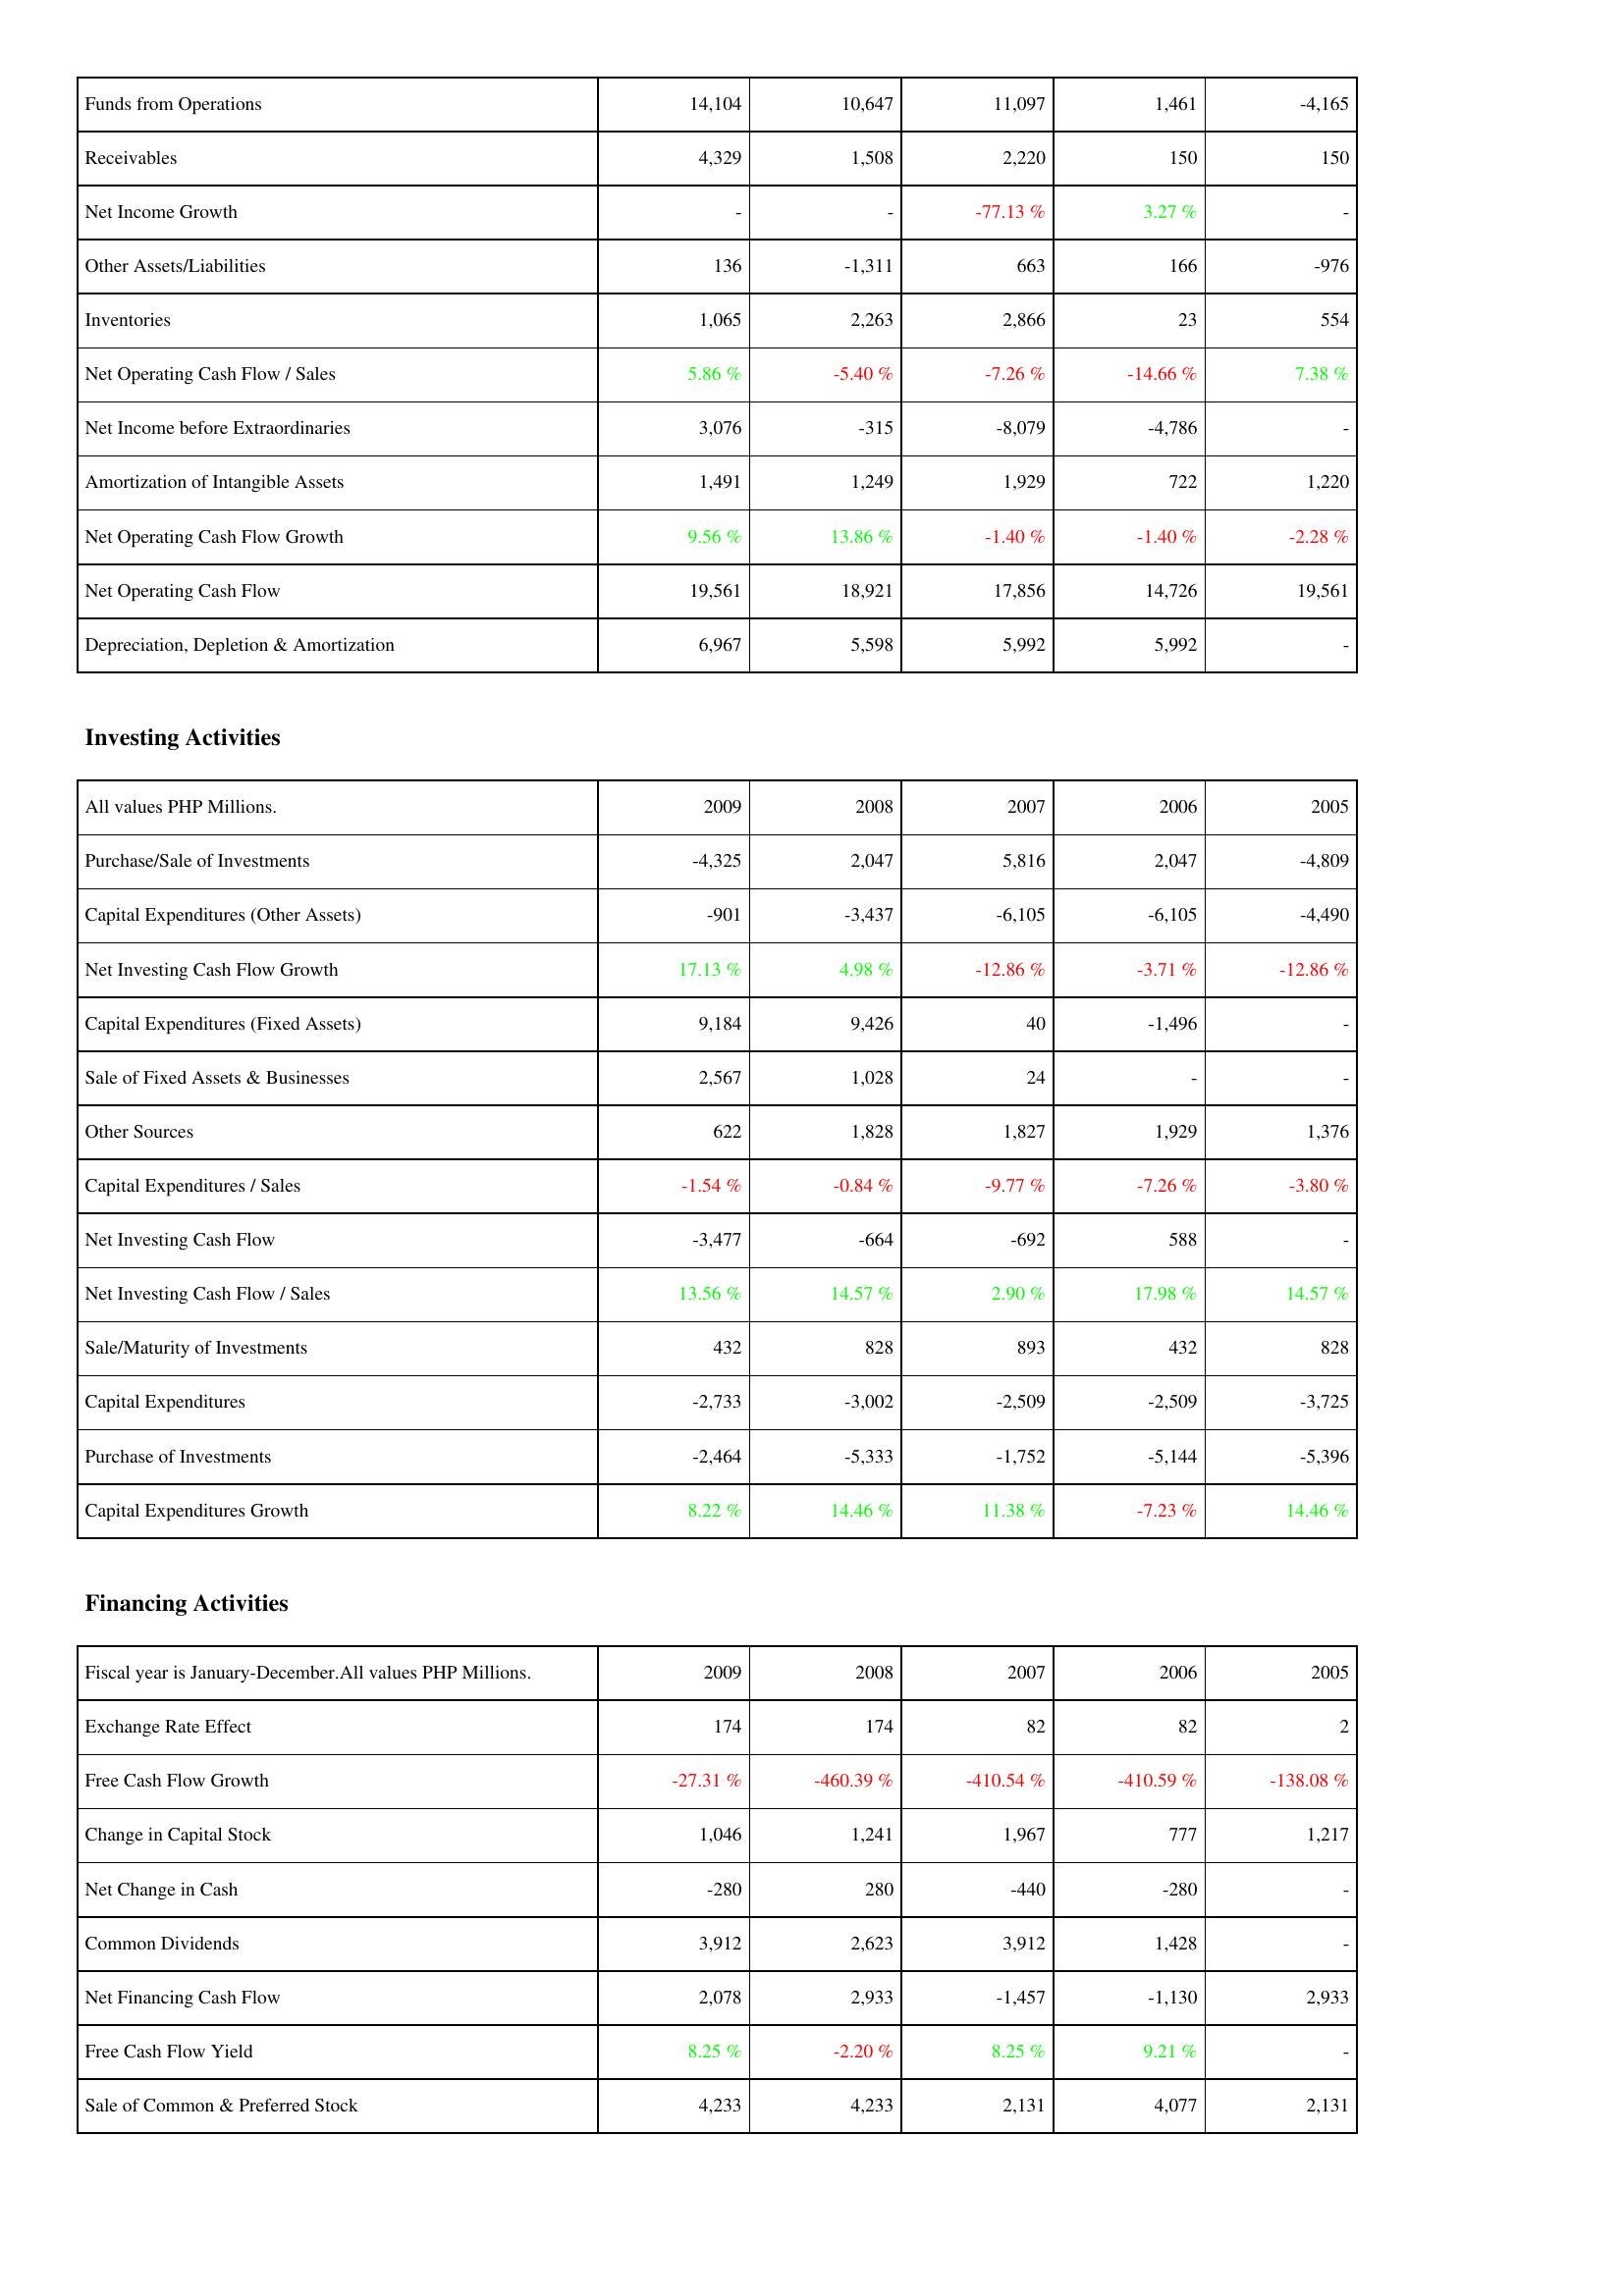
2009: Operating Activities: Funds from Operations: 14,104
Receivables: 4,329
Net Income Growth: -
Other Assets/Liabilities: 136
Inventories: 1,065
Net Operating Cash Flow / Sales: 5.86 %
Net Income before Extraordinaries: 3,076
Amortization of Intangible Assets: 1,491
Net Operating Cash Flow Growth: 9.56 %
Net Operating Cash Flow: 19,561
Depreciation, Depletion & Amortization: 6,967
Investing Activities: Purchase/Sale of Investments: -4,325
Capital Expenditures (Other Assets): -901
Net Investing Cash Flow Growth: 17.13 %
Capital Expenditures (Fixed Assets): 9,184
Sale of Fixed Assets & Businesses: 2,567
Other Sources: 622
Capital Expenditures / Sales: -1.54 %
Net Investing Cash Flow: -3,477
Net Investing Cash Flow / Sales: 13.56 %
Sale/Maturity of Investments: 432
Capital Expenditures: -2,733
Purchase of Investments: -2,464
Capital Expenditures Growth: 8.22 %
Financing Activities: Exchange Rate Effect: 174
Free Cash Flow Growth: -27.31 %
Change in Capital Stock: 1,046
Net Change in Cash: -280
Common Dividends: 3,912
Net Financing Cash Flow: 2,078
Free Cash Flow Yield: 8.25 %
Sale of Common & Preferred Stock: 4,233
2008: Operating Activities: Funds from Operations: 10,647
Receivables: 1,508
Net Income Growth: -
Other Assets/Liabilities: -1,311
Inventories: 2,263
Net Operating Cash Flow / Sales: -5.40 %
Net Income before Extraordinaries: -315
Amortization of Intangible Assets: 1,249
Net Operating Cash Flow Growth: 13.86 %
Net Operating Cash Flow: 18,921
Depreciation, Depletion & Amortization: 5,598
Investing Activities: Purchase/Sale of Investments: 2,047
Capital Expenditures (Other Assets): -3,437
Net Investing Cash Flow Growth: 4.98 %
Capital Expenditures (Fixed Assets): 9,426
Sale of Fixed Assets & Businesses: 1,028
Other Sources: 1,828
Capital Expenditures / Sales: -0.84 %
Net Investing Cash Flow: -664
Net Investing Cash Flow / Sales: 14.57 %
Sale/Maturity of Investments: 828
Capital Expenditures: -3,002
Purchase of Investments: -5,333
Capital Expenditures Growth: 14.46 %
Financing Activities: Exchange Rate Effect: 174
Free Cash Flow Growth: -460.39 %
Change in Capital Stock: 1,241
Net Change in Cash: 280
Common Dividends: 2,623
Net Financing Cash Flow: 2,933
Free Cash Flow Yield: -2.20 %
Sale of Common & Preferred Stock: 4,233
2007: Operating Activities: Funds from Operations: 11,097
Receivables: 2,220
Net Income Growth: -77.13 %
Other Assets/Liabilities: 663
Inventories: 2,866
Net Operating Cash Flow / Sales: -7.26 %
Net Income before Extraordinaries: -8,079
Amortization of Intangible Assets: 1,929
Net Operating Cash Flow Growth: -1.40 %
Net Operating Cash Flow: 17,856
Depreciation, Depletion & Amortization: 5,992
Investing Activities: Purchase/Sale of Investments: 5,816
Capital Expenditures (Other Assets): -6,105
Net Investing Cash Flow Growth: -12.86 %
Capital Expenditures (Fixed Assets): 40
Sale of Fixed Assets & Businesses: 24
Other Sources: 1,827
Capital Expenditures / Sales: -9.77 %
Net Investing Cash Flow: -692
Net Investing Cash Flow / Sales: 2.90 %
Sale/Maturity of Investments: 893
Capital Expenditures: -2,509
Purchase of Investments: -1,752
Capital Expenditures Growth: 11.38 %
Financing Activities: Exchange Rate Effect: 82
Free Cash Flow Growth: -410.54 %
Change in Capital Stock: 1,967
Net Change in Cash: -440
Common Dividends: 3,912
Net Financing Cash Flow: -1,457
Free Cash Flow Yield: 8.25 %
Sale of Common & Preferred Stock: 2,131
2006: Operating Activities: Funds from Operations: 1,461
Receivables: 150
Net Income Growth: 3.27 %
Other Assets/Liabilities: 166
Inventories: 23
Net Operating Cash Flow / Sales: -14.66 %
Net Income before Extraordinaries: -4,786
Amortization of Intangible Assets: 722
Net Operating Cash Flow Growth: -1.40 %
Net Operating Cash Flow: 14,726
Depreciation, Depletion & Amortization: 5,992
Investing Activities: Purchase/Sale of Investments: 2,047
Capital Expenditures (Other Assets): -6,105
Net Investing Cash Flow Growth: -3.71 %
Capital Expenditures (Fixed Assets): -1,496
Sale of Fixed Assets & Businesses: -
Other Sources: 1,929
Capital Expenditures / Sales: -7.26 %
Net Investing Cash Flow: 588
Net Investing Cash Flow / Sales: 17.98 %
Sale/Maturity of Investments: 432
Capital Expenditures: -2,509
Purchase of Investments: -5,144
Capital Expenditures Growth: -7.23 %
Financing Activities: Exchange Rate Effect: 82
Free Cash Flow Growth: -410.59 %
Change in Capital Stock: 777
Net Change in Cash: -280
Common Dividends: 1,428
Net Financing Cash Flow: -1,130
Free Cash Flow Yield: 9.21 %
Sale of Common & Preferred Stock: 4,077
2005: Operating Activities: Funds from Operations: -4,165
Receivables: 150
Net Income Growth: -
Other Assets/Liabilities: -976
Inventories: 554
Net Operating Cash Flow / Sales: 7.38 %
Net Income before Extraordinaries: -
Amortization of Intangible Assets: 1,220
Net Operating Cash Flow Growth: -2.28 %
Net Operating Cash Flow: 19,561
Depreciation, Depletion & Amortization: -
Investing Activities: Purchase/Sale of Investments: -4,809
Capital Expenditures (Other Assets): -4,490
Net Investing Cash Flow Growth: -12.86 %
Capital Expenditures (Fixed Assets): -
Sale of Fixed Assets & Businesses: -
Other Sources: 1,376
Capital Expenditures / Sales: -3.80 %
Net Investing Cash Flow: -
Net Investing Cash Flow / Sales: 14.57 %
Sale/Maturity of Investments: 828
Capital Expenditures: -3,725
Purchase of Investments: -5,396
Capital Expenditures Growth: 14.46 %
Financing Activities: Exchange Rate Effect: 2
Free Cash Flow Growth: -138.08 %
Change in Capital Stock: 1,217
Net Change in Cash: -
Common Dividends: -
Net Financing Cash Flow: 2,933
Free Cash Flow Yield: -
Sale of Common & Preferred Stock: 2,131